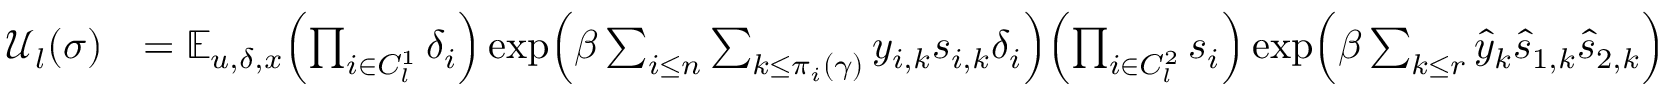
\begin{array} { r l } { \mathcal { U } _ { l } ( \sigma ) } & { = \mathbb E _ { u , \delta , x } \Bigl ( \prod _ { i \in C _ { l } ^ { 1 } } \delta _ { i } \Bigr ) \exp \Bigl ( \beta \sum _ { i \leq n } \sum _ { k \leq \pi _ { i } ( \gamma ) } y _ { i , k } s _ { i , k } \delta _ { i } \Bigr ) \Bigl ( \prod _ { i \in C _ { l } ^ { 2 } } s _ { i } \Bigr ) \exp \Bigl ( \beta \sum _ { k \leq r } \hat { y } _ { k } \hat { s } _ { 1 , k } \hat { s } _ { 2 , k } \Bigr ) } \end{array}